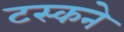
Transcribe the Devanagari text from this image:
टस्कने